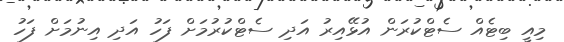
މިއީ ބިޓެއް ސެޓްކުރަން އުޅޭއިރު އަދި ސެޓްކުރުމަށް ފަހު އަދި އިނުމަށް ފަހު